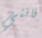
فانني